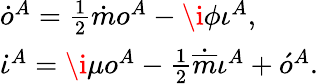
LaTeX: \begin{array}{l}{{\dot{o}^{A}=\frac{1}{2}\dot{m}o^{A}-\i\phi\iota^{A},}}\\ {{\dot{\iota}^{A}=\i\mu o^{A}-\frac{1}{2}\dot{\overline{{{m}}}}\iota^{A}+\acute{o}^{A}.}}\end{array}